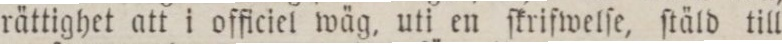
rättighet att i officiel wäg, uti en ſkrifwelſe, ſtäld till